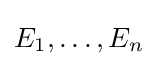
E_{1},\ldots ,E_{n}